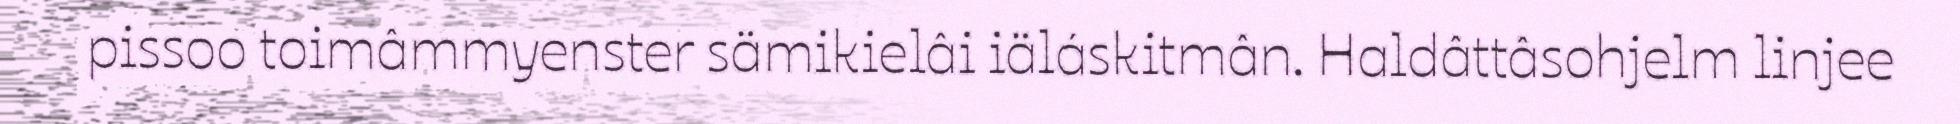
pissoo toimâmmyenster sämikielâi iäláskitmân. Haldâttâsohjelm linjee